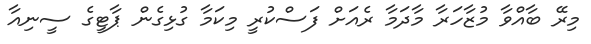
މިރޭ ބާއްވާ މުޒާހަރާ މާދަމާ ރެއަށް ފަސްކުރީ މިކަމާ ގުޅިގެން ޕާޓީގެ ސީނިއާ